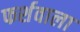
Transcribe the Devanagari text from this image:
फर्शवाला